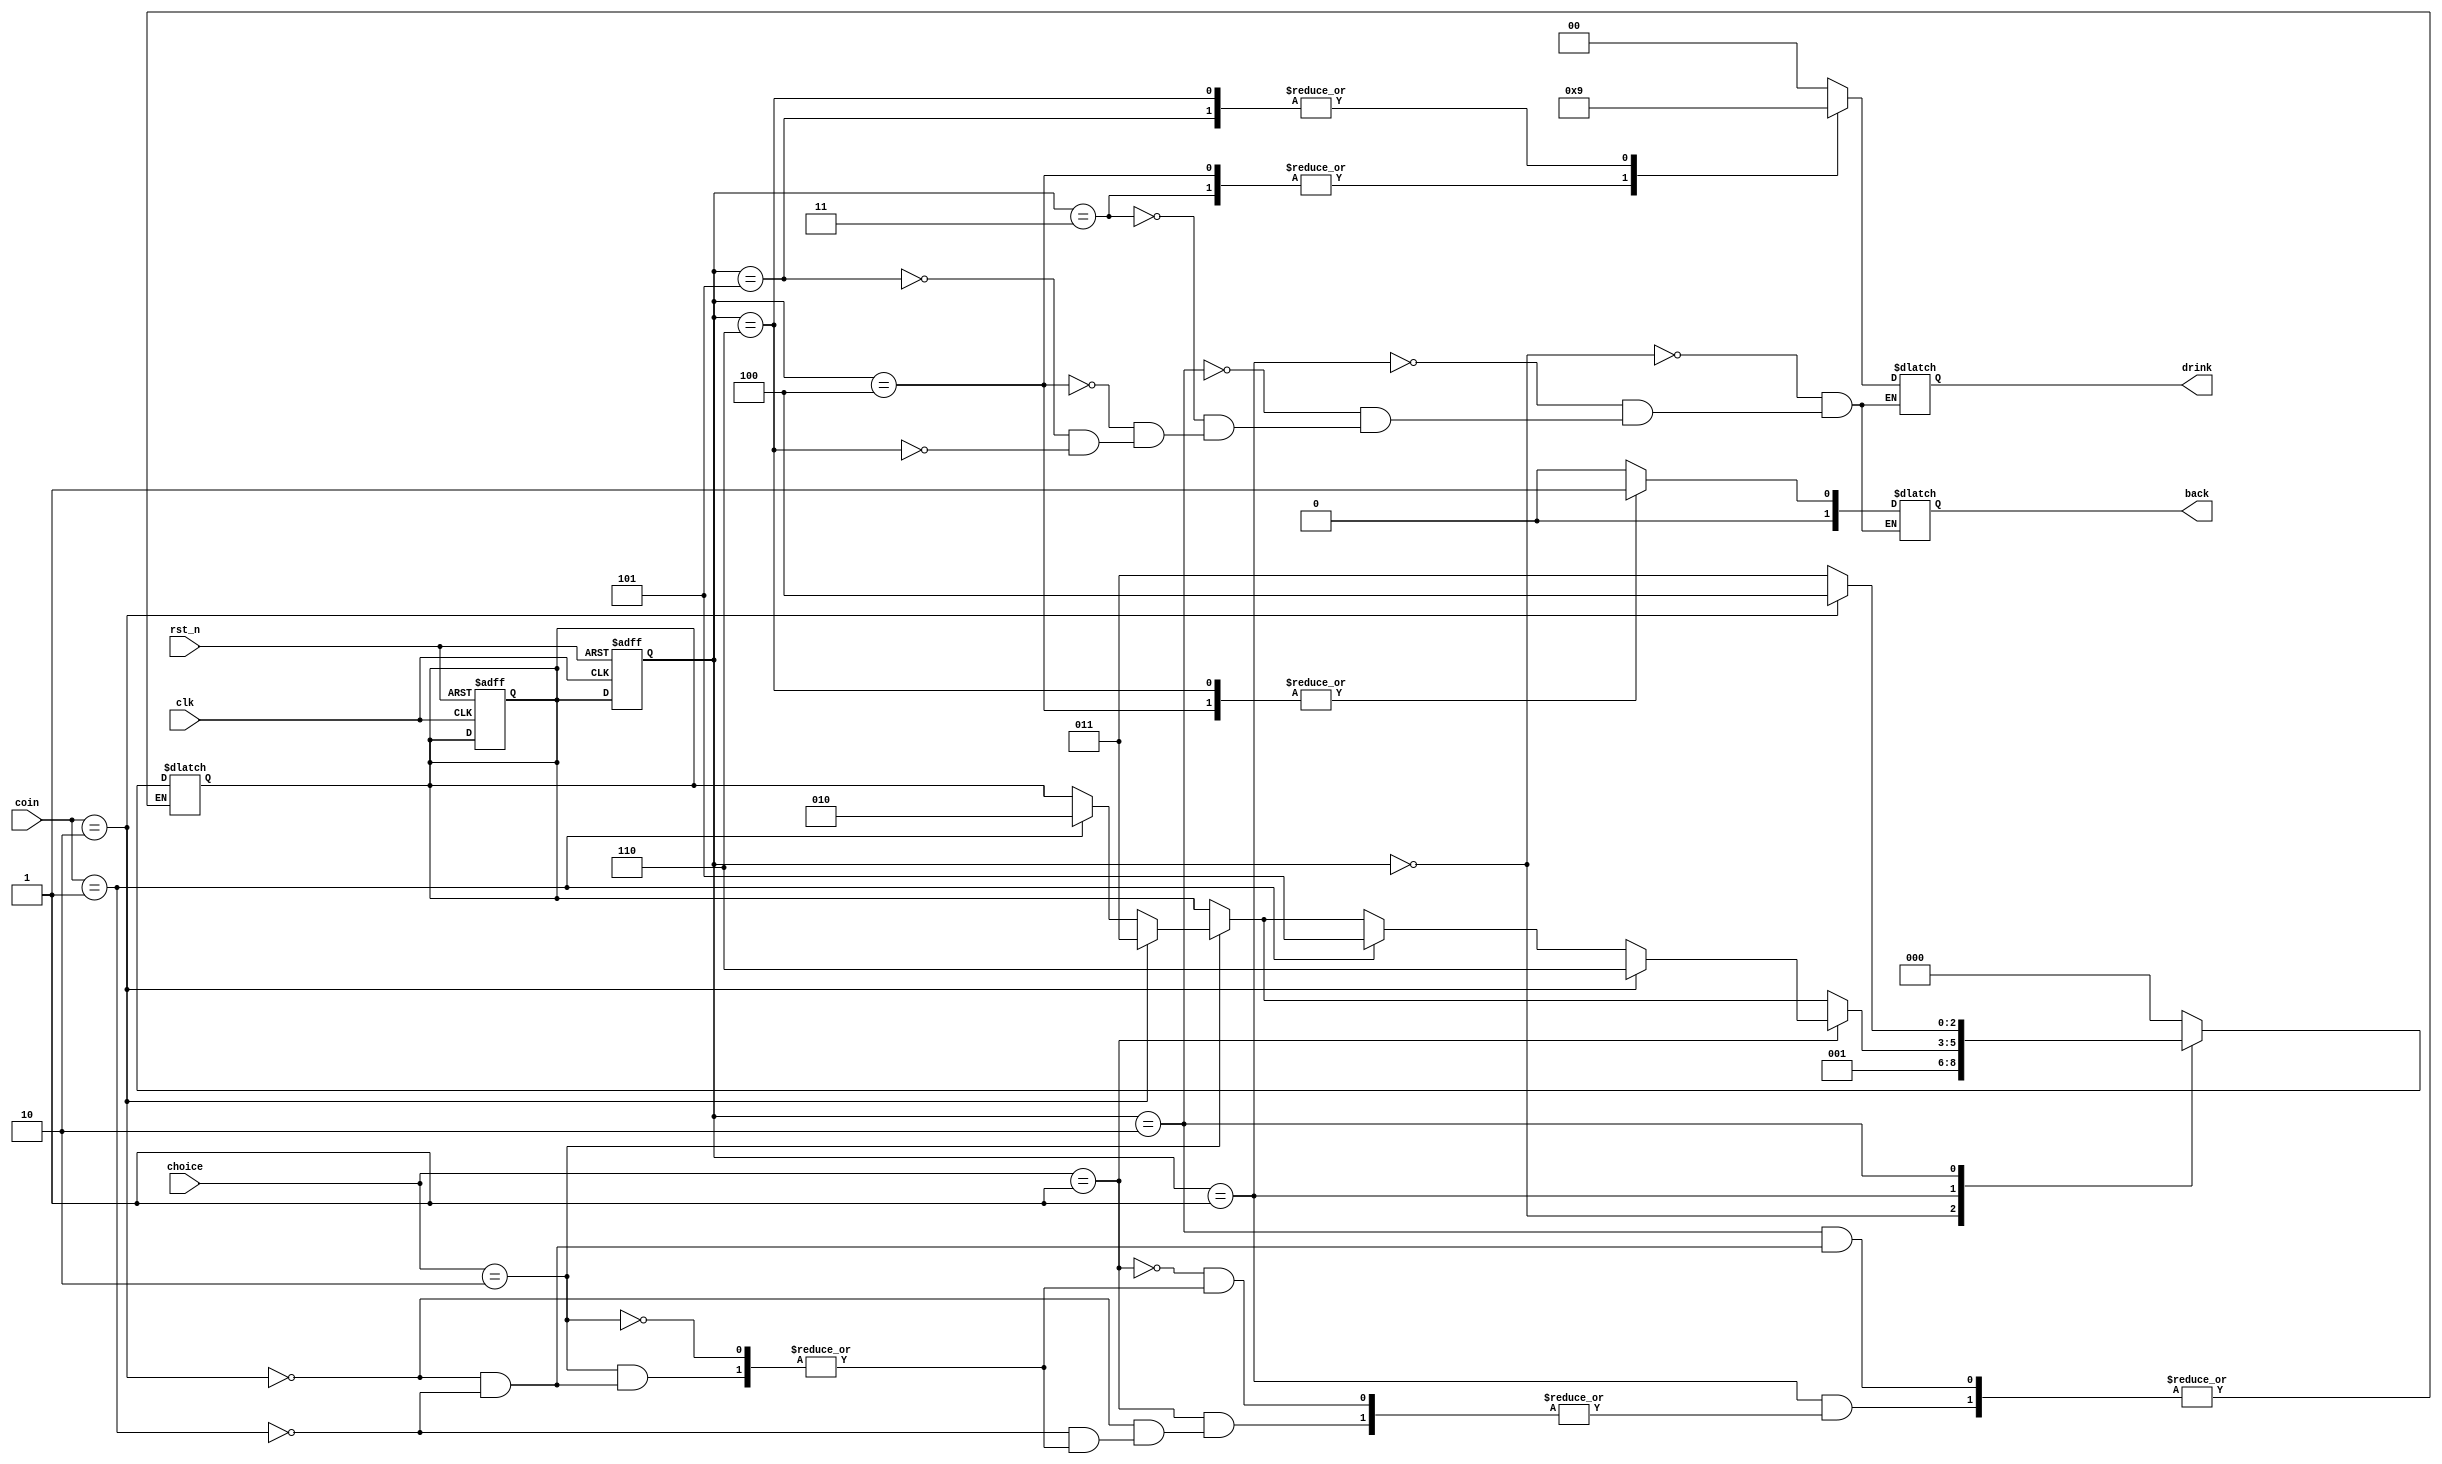
//FSM of drink machine

module Drink_machines(clk,rst_n,choice,coin,back,drink);
	input clk;
	input rst_n;
	input [1:0] choice;
	input [1:0] coin;
	output reg [1:0] back;
	output reg [1:0] drink;

	parameter init=3'b000,select=3'b001,sa1=3'b010,sa2=3'b011,sa3=3'b100,sb1=3'b101,sb2=3'b110;

	reg [2:0] state,next_state;

	always @(posedge clk or negedge rst_n)
		begin
			if(!rst_n)
				begin
					state<=init;
					next_state<=init;
				end
			else
				state<=next_state;
		end


	always @(*)
		case(state)
			init:
				next_state<=select;
			select:
				begin
					if(choice==2'b10)
						begin
							if(coin==2'b01)
								next_state<=sa1;
							if(coin==2'b10)
								next_state<=sa2;
						end
					if(choice==2'b01)
						begin
							if(coin==2'b01)
								next_state<=sb1;
							if(coin==2'b10)
								next_state<=sb2;
						end
				end
			sa1:
				begin
					if(coin==2'b01)
						next_state<=sa2;
					if(coin==2'b10)
						next_state<=sa3;
				end
			sa2:
				begin
					next_state<=init;
				end
			sa3:
				begin
					next_state<=init;
				end
			sb1:
				begin
					next_state<=init;
				end
			sb2:
				begin
					next_state<=init;
				end
			default:next_state<=init;
		endcase
	

	always @(state)
		begin
			case(state)
				init:
					begin
						back<=2'b00;
						drink<=2'b00;
					end
				select:
					begin
						back<=2'b00;
						drink<=2'b00;
					end
				sa1:
					begin
						back<=2'b00;
						drink<=2'b00;
					end
				sa2:
					begin
						back<=2'b00;
						drink<=2'b10;
					end
				sa3:
					begin
						back<=2'b01;
						drink<=2'b10;
					end
				sb1:
					begin
						back<=2'b00;
						drink<=2'b01;
					end
				sb2:
					begin
						back<=2'b01;
						drink<=2'b01;
					end
			endcase
		end
endmodule